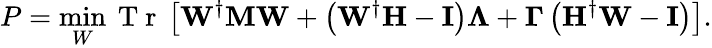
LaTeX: P=\operatorname*{min}_{W}\mathrm{~T~r~}\left[\mathbf{W}^{\dagger}\mathbf{M}\mathbf{W}+\left(\mathbf{W}^{\dagger}\mathbf{H}-\mathbf{I}\right)\mathbf{\Lambda}+\mathbf{\Gamma}\left(\mathbf{H}^{\dagger}\mathbf{W}-\mathbf{I}\right)\right].